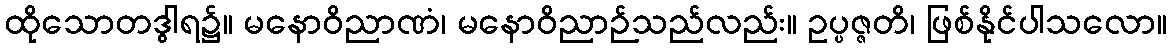
ထိုသောတဒွါရ၌။ မနောဝိညာဏံ၊ မနောဝိညာဉ်သည်လည်း။ ဥပ္ပဇ္ဇတိ၊ ဖြစ်နိုင်ပါသလော။